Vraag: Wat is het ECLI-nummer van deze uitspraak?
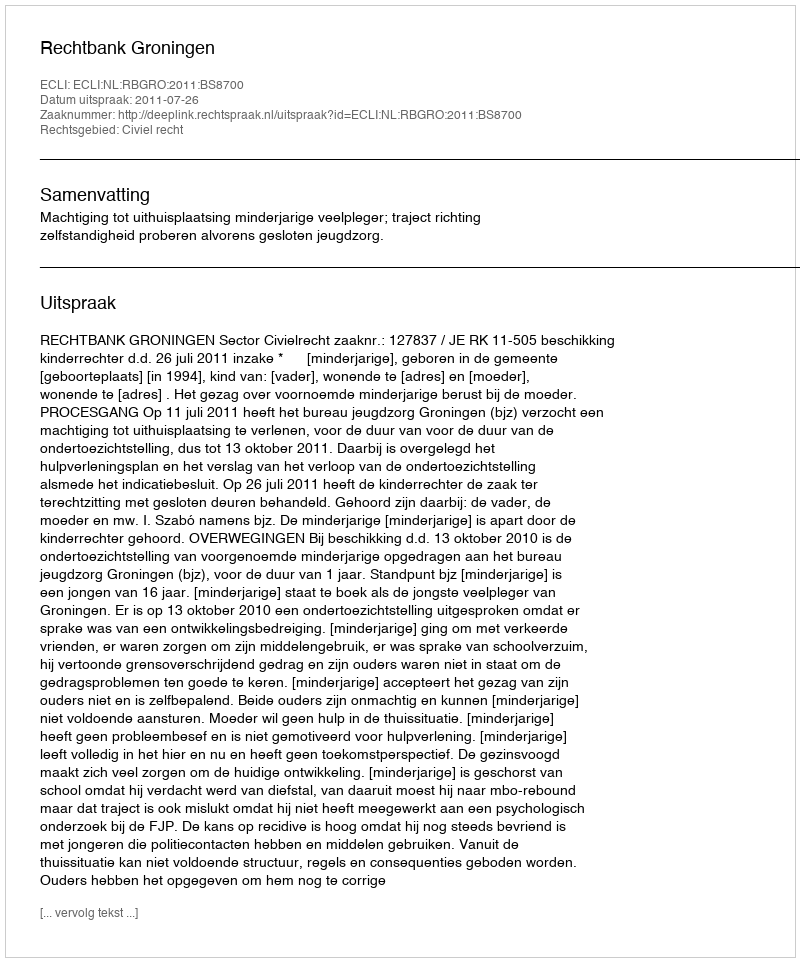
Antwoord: ECLI:NL:RBGRO:2011:BS8700